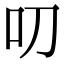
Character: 叨